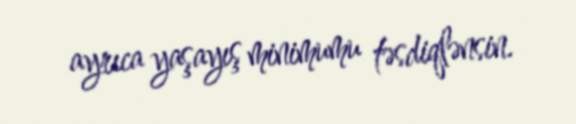
ayrıca yaşayış minimumu təsdiqlənsin.